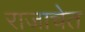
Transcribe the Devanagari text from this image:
राजाचेत